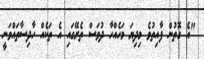
"އެ ގޮތުން ފާއިތުވެ މިދިޔަ މަހެއްހާ ދުވަސް ތެރޭގައި އެ ތަކެއް ހާދިސާތައްވަނީ